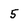
Character: 5